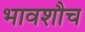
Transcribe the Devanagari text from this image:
भावशौच